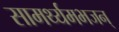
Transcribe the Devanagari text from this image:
सामर्थ्यमभजन्